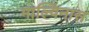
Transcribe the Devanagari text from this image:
माल्विनास